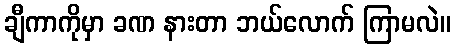
ချီကာကိုမှာ ခဏ နားတာ ဘယ်လောက် ကြာမလဲ။